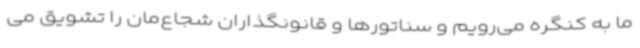
ما به کنگره می‌رویم و سناتورها و قانونگذاران شجاع‌مان را تشویق می